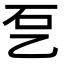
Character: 乭